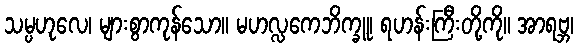
သမ္ပဟုလေ၊ များစွာကုန်သော။ မဟလ္လကေဘိက္ခူ၊ ရဟန်းကြီးတို့ကို။ အာရဗ္ဘ၊